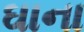
ઘાના